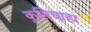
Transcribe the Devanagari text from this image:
कुसिचाहा